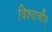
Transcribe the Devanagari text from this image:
विश्वाचीम्